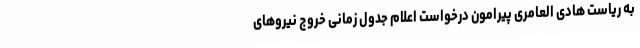
به ریاست هادی العامری پیرامون درخواست اعلام جدول زمانی خروج نیروهای